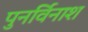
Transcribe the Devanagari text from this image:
पुनर्विनाश